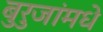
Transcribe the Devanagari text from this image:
बुरुजांमधे